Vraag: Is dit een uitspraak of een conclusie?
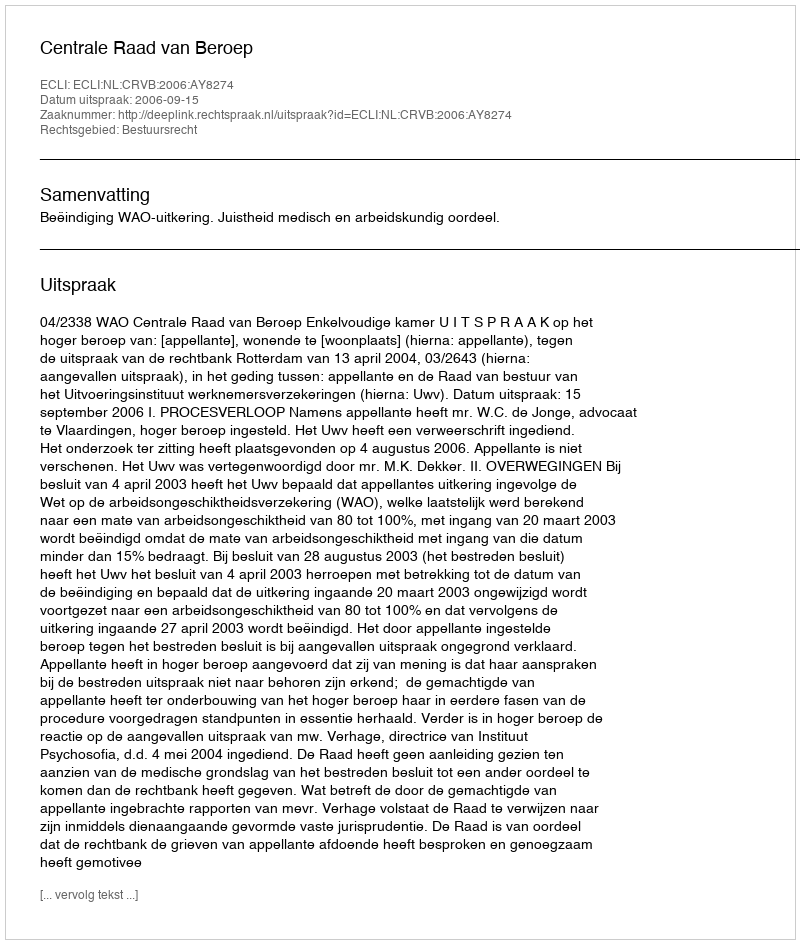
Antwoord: Uitspraak